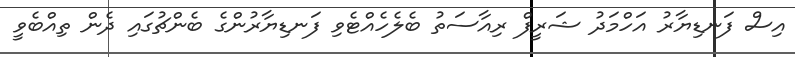
އިސް ފަނޑިޔާރު އަހްމަދު ޝަރީފް ރިއާސަތު ބެލެހެއްޓެވި ފަނޑިޔާރުންގެ ބެންޗުގައި ދެން ތިއްބެވީ